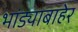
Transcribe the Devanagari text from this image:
भांड्याबाहेर